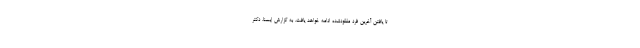
تا یافتن آخرین فرد مفقودشده ادامه خواهد یافت. به گزارش ایسنا، دکتر